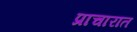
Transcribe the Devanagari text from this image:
प्राचारात